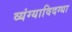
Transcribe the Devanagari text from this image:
व्यंग्याविदग्धा